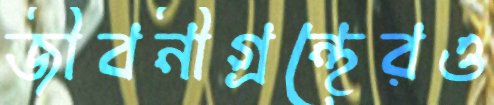
জীবনীগ্রন্থেরও